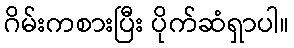
ဂိမ်းကစားပြီး ပိုက်ဆံရှာပါ။